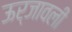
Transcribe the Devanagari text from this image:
ऊर्जावली